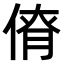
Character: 𠋚